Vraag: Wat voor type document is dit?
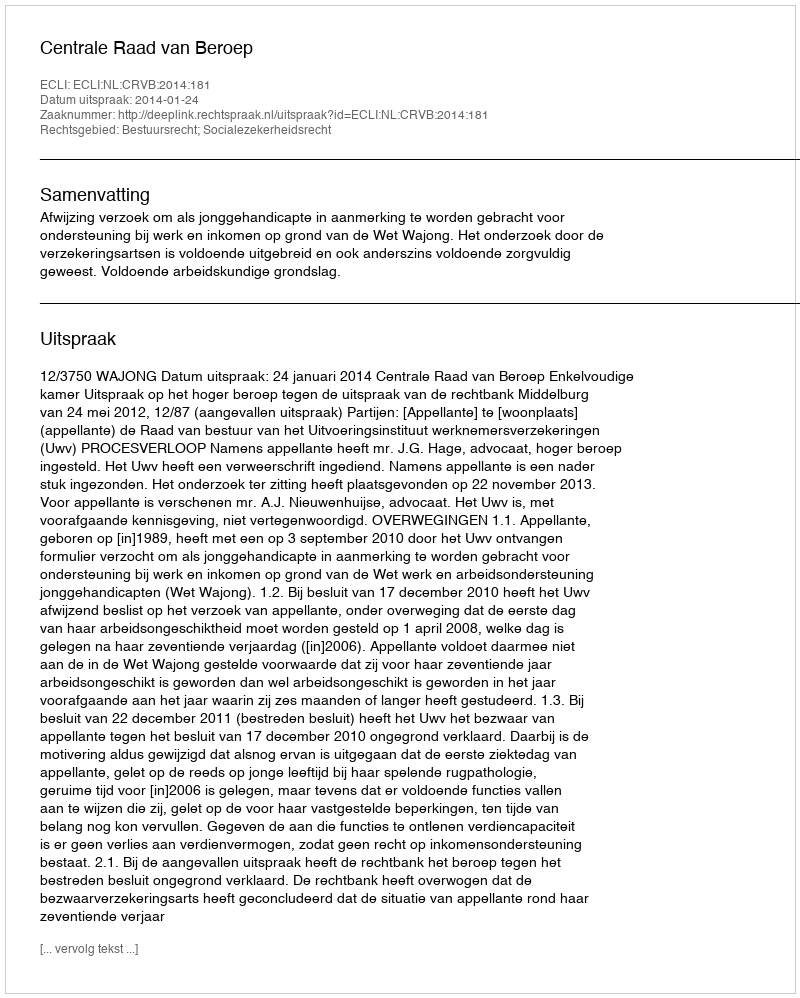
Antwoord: Uitspraak